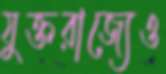
যুক্তরাজ্যেও